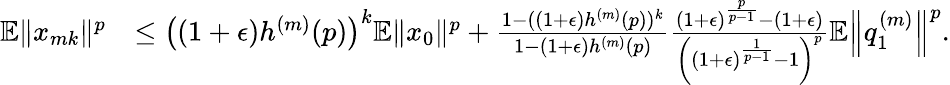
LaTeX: \begin{array}{rl}{\mathbb{E}\Vert x_{mk}\Vert^{p}}&{\leq\left((1+\epsilon)h^{(m)}(p)\right)^{k}\mathbb{E}\Vert x_{0}\Vert^{p}+\frac{1-((1+\epsilon)h^{(m)}(p))^{k}}{1-(1+\epsilon)h^{(m)}(p)}\frac{(1+\epsilon)^{\frac{p}{p-1}}-(1+\epsilon)}{\left((1+\epsilon)^{\frac{1}{p-1}}-1\right)^{p}}\mathbb{E}\left\Vert q_{1}^{(m)}\right\Vert^{p}.}\end{array}